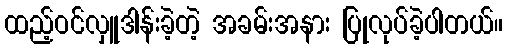
ထည့်ဝင်လှူဒါန်းခဲ့တဲ့ အခမ်းအနား ပြုလုပ်ခဲ့ပါတယ်။